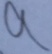
a